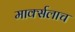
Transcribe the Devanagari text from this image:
मार्क्‍सलाच